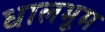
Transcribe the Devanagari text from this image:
धालभूम